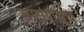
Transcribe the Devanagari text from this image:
लाटांपासून